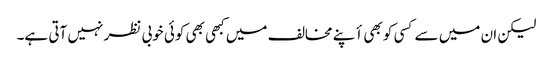
لیکن ان میں سے کسی کو بھی أپنے مخالف میں کبھی بھی کوئی خوبی نظر نہیں آتی ہے۔